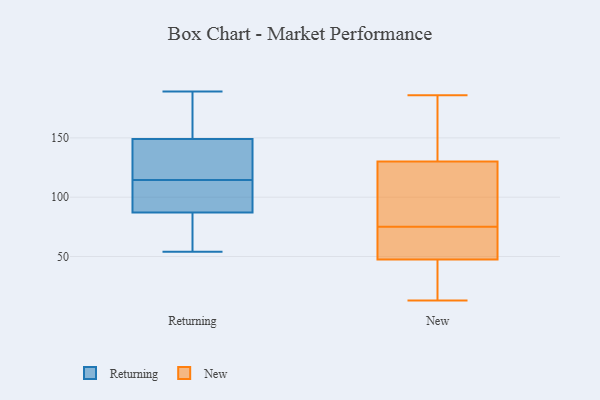
{"axis": {"x": "Market Share (%)", "y": "Value"}, "legend": ["New", "Returning"], "data": [{"x": "", "y": 147, "type": "Returning"}, {"x": "", "y": 149, "type": "Returning"}, {"x": "", "y": 54, "type": "Returning"}, {"x": "", "y": 111, "type": "Returning"}, {"x": "", "y": 118, "type": "Returning"}, {"x": "", "y": 155, "type": "Returning"}, {"x": "", "y": 87, "type": "Returning"}, {"x": "", "y": 189, "type": "Returning"}, {"x": "", "y": 86, "type": "Returning"}, {"x": "", "y": 109, "type": "Returning"}, {"x": "", "y": 170, "type": "New"}, {"x": "", "y": 82, "type": "New"}, {"x": "", "y": 20, "type": "New"}, {"x": "", "y": 75, "type": "New"}, {"x": "", "y": 186, "type": "New"}, {"x": "", "y": 109, "type": "New"}, {"x": "", "y": 44, "type": "New"}, {"x": "", "y": 141, "type": "New"}, {"x": "", "y": 13, "type": "New"}, {"x": "", "y": 75, "type": "New"}, {"x": "", "y": 60, "type": "New"}, {"x": "", "y": 185, "type": "New"}, {"x": "", "y": 89, "type": "New"}, {"x": "", "y": 106, "type": "New"}, {"x": "", "y": 19, "type": "New"}, {"x": "", "y": 46, "type": "New"}, {"x": "", "y": 52, "type": "New"}, {"x": "", "y": 137, "type": "New"}, {"x": "", "y": 58, "type": "New"}]}